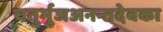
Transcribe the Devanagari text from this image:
चतुर्भुजअनन्तदेवका